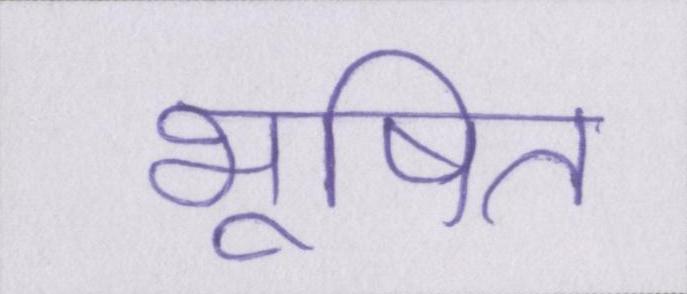
भूषित